Document type: Sale
Year: 1461
Scribe: [Unknown]
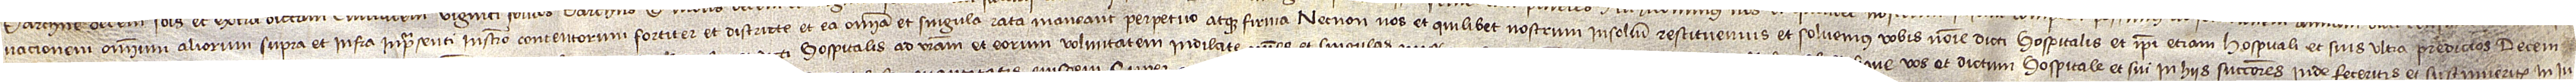
vacionem omnium aliorum supra et infra presenti instrumento contentorum fortiter et districte. Et ea omnia et singula rata maneant perpetuo atque firma. Necnon nos et quilibet nostrum insolidum restituemus et solvemus vobis nomine dicti hospitalis et ipsi etiam hospitali et suis ultra predictos decem